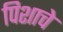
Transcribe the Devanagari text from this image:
पिशाचे